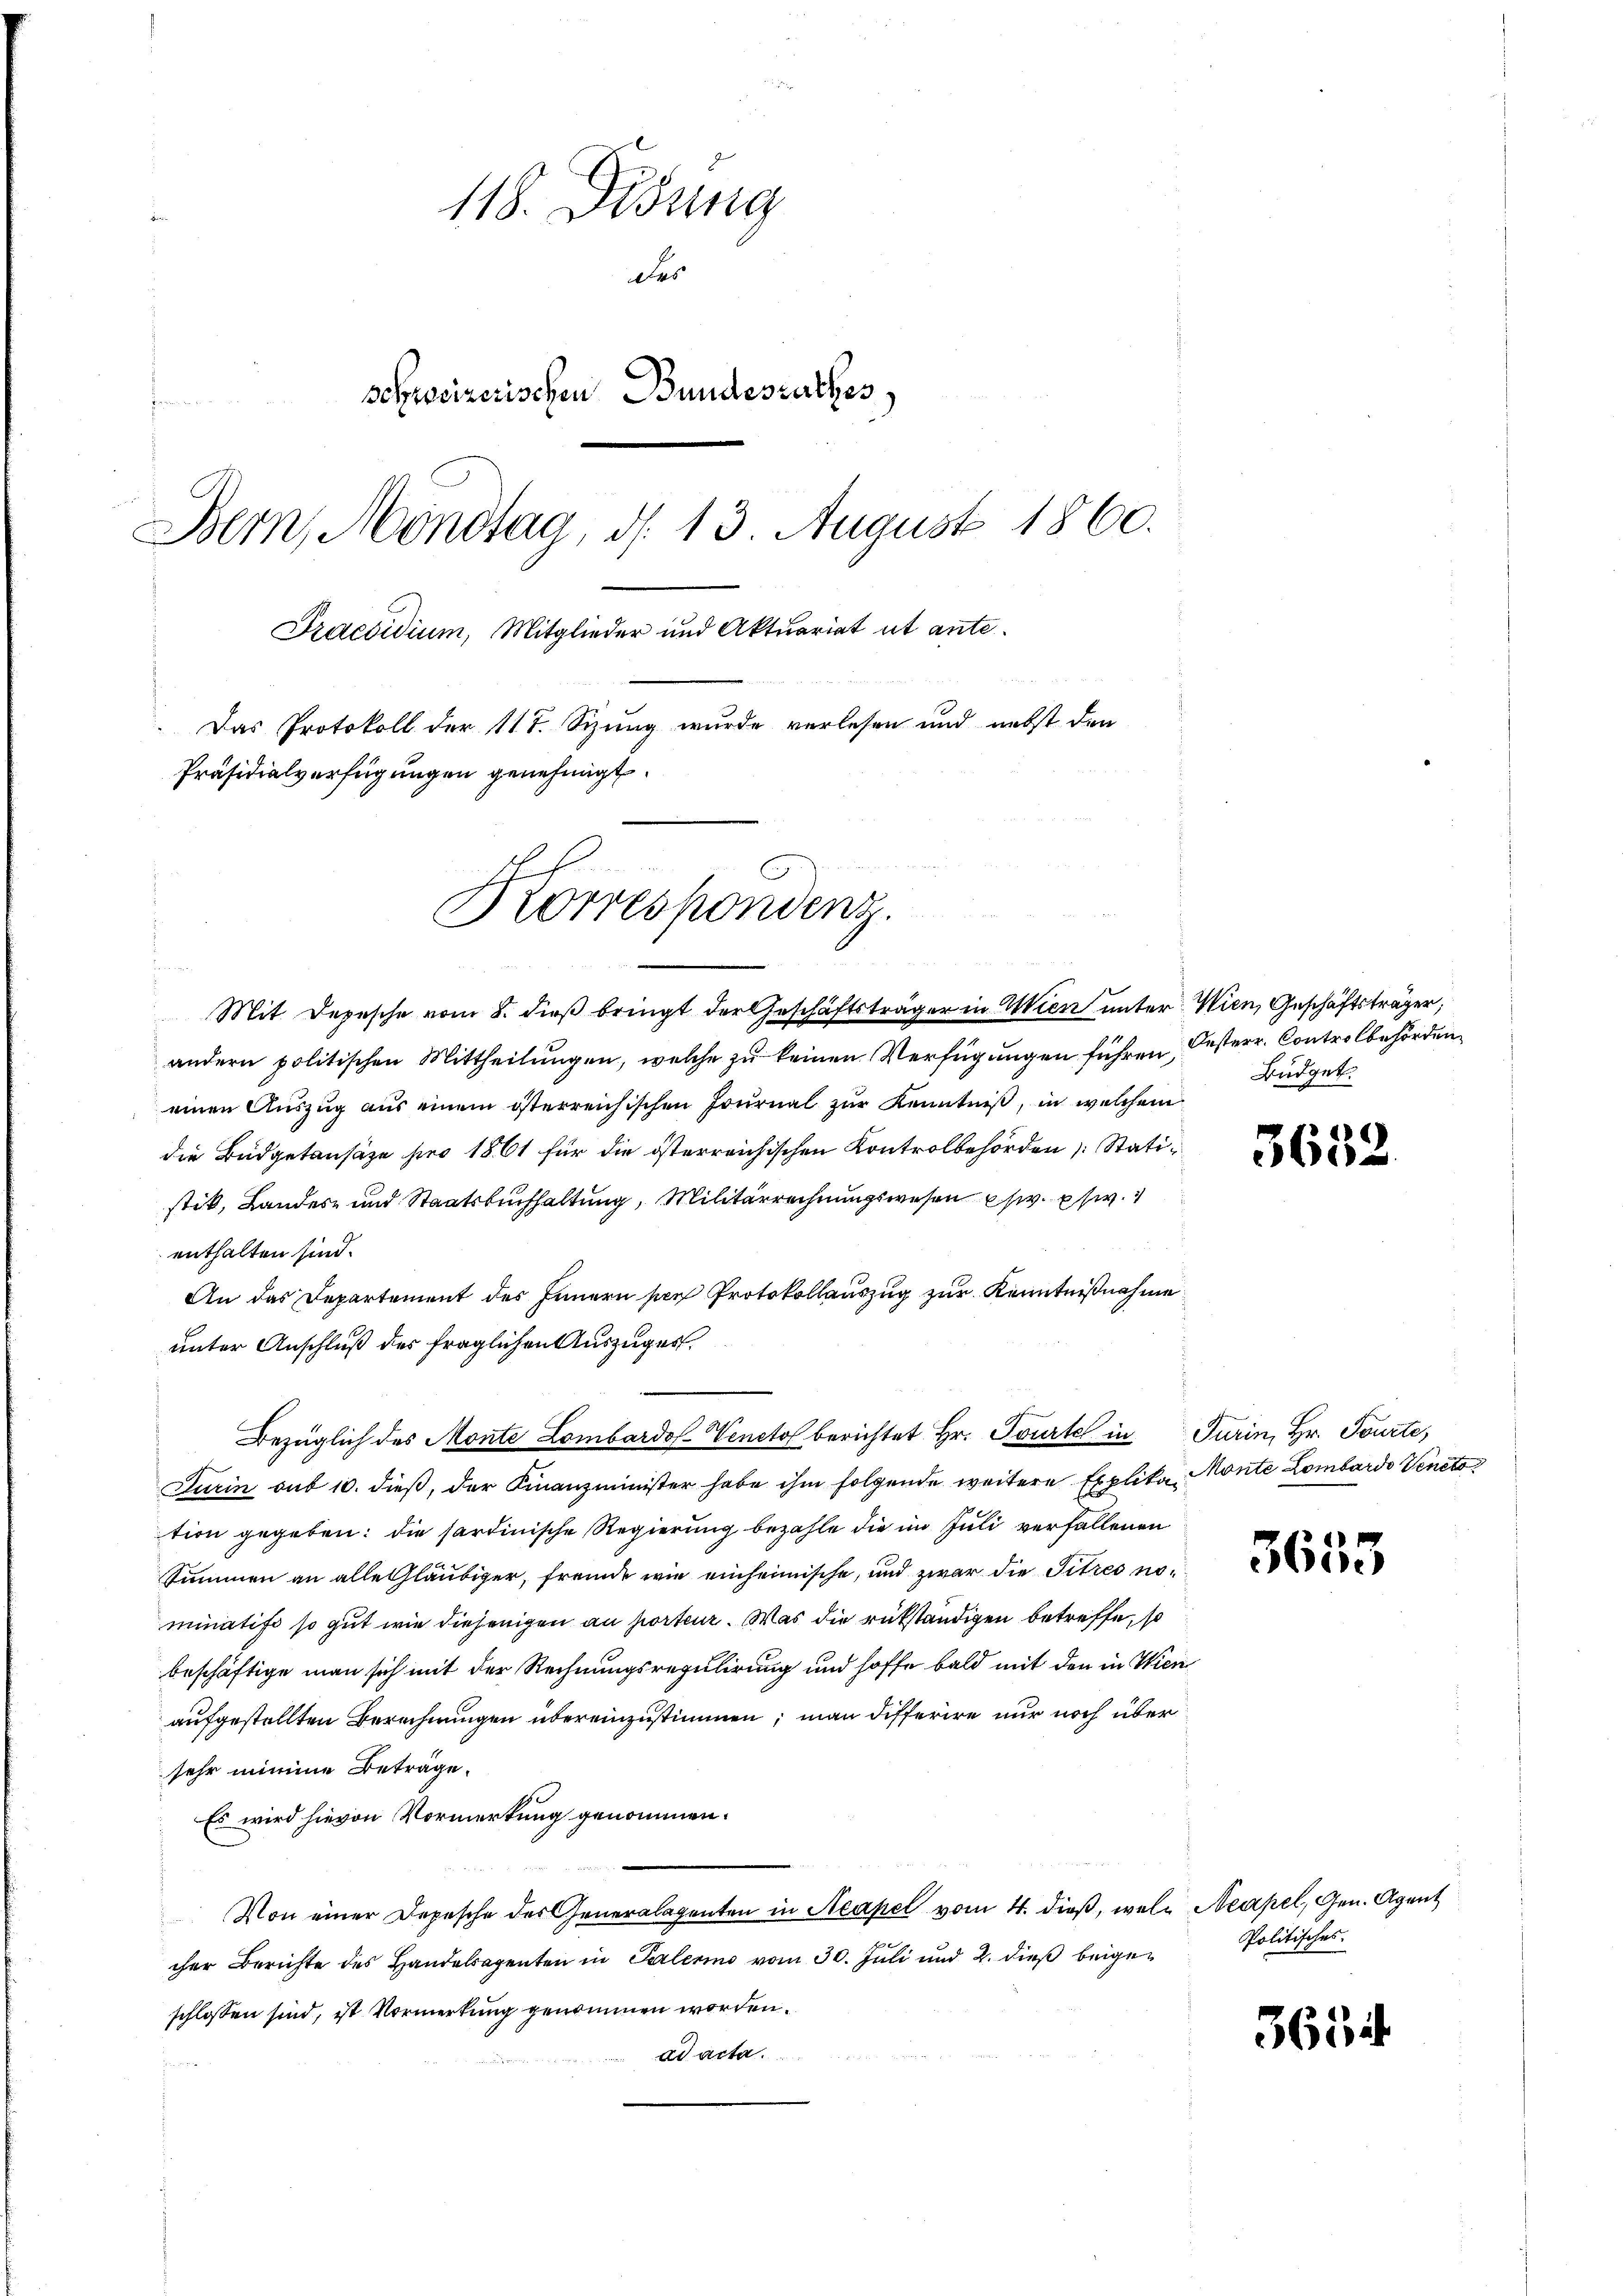
118. Didung
des
schweizerischen Bundesrathes
t
Bern, Mondtag, d. 13. August 1860.
Praesidium, Mitglieder und Aktuariat ut ante¬
Das Protokoll der 117. Sizung wurde verlesen und nebst den
Präsidialverfügungen genehmigt.
Korrespondenz.

Mit Depesche vom 8. dieß bringt der Geschäftsträger in Wien unter Wien, Geschäftsträger,
andern politischen Mittheilŭngen, welche zu keinen Verfügungen führen, Oesterr. Controlbehörden
einen Auszug aus einem österreichischen Journal zŭr Kenntniß, in welchem
die Büdgetansaze pro 1861 für die österreichischen Kontrolbehörden Stati
stik, Landes- und Staatsbuchhaltung, Militärrechnungswesen s. w.
enthalten sind.
An das Departement des Innern per Protokollauszug zur Kenntnißnahme
unter Anschluß des fraglichen Auszuges
Bezüglich des Monte Lombardo Veneto berichtet Hr. Tourtel in Turin, Hr. Tourte,
Turin sub 10. dieß, der Finanzminister habe ihm folgende weitere Explika Monte Lombardo Veneto
tion gegeben: die sardinische Regierung bezahle die im Juli verfallenen
Summen an alle Gläubiger, fremde wie einheimische, und zwar die Titres nöminatis so gut wie diejenigen an porteur. Was die rükständigen betreffe, so
beschäftige man sich mit der Rechnungsregulirung und hoffe bald mit den in Wien
aufgestellten Berechnungen übereinzustimmen; man differire nur noch über
sehr mine Beträge.
Es wird hievon Vormerkung genommen.
Von einer Depesche des Generalagenten in Acapel vom 4. dieß, wel Neapel, Gen. Agent
cher Berichte des Handelsagenten in Palerino vom 30. Juli und 2. dieß beigeschlossen sind, ist Vormerkung genommen worden.
ad acta.

Büdget.

3632.

3653

Politisches.

3654.